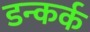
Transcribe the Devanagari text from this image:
डन्कर्क